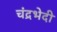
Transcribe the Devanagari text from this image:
चंद्रभेदी